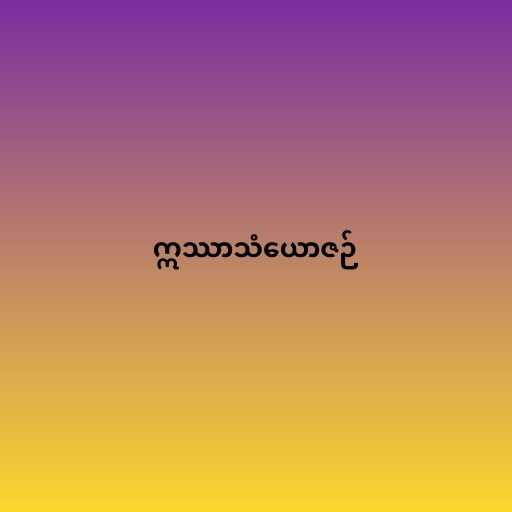
ဣဿာသံယောဇဉ်